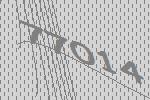
77014